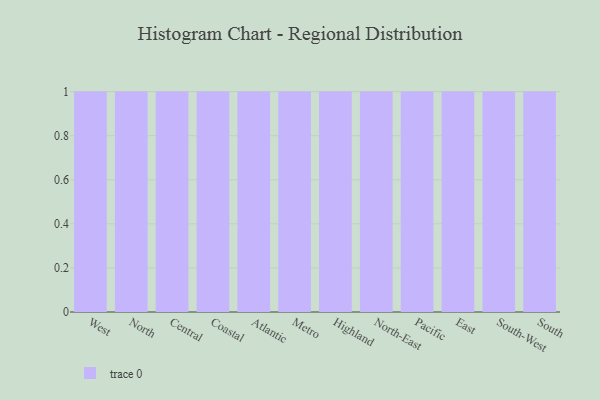
{"axis": {"x": "Region", "y": "Gross Profit (USD K)"}, "legend": [""], "data": [{"x": "West", "y": 45, "type": ""}, {"x": "North", "y": 40, "type": ""}, {"x": "Central", "y": 37, "type": ""}, {"x": "Coastal", "y": 44, "type": ""}, {"x": "Atlantic", "y": 4, "type": ""}, {"x": "Metro", "y": 56, "type": ""}, {"x": "Highland", "y": 46, "type": ""}, {"x": "North-East", "y": 39, "type": ""}, {"x": "Pacific", "y": 47, "type": ""}, {"x": "East", "y": 53, "type": ""}, {"x": "South-West", "y": 11, "type": ""}, {"x": "South", "y": 37, "type": ""}]}